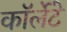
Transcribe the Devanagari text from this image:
कॉर्लेटे